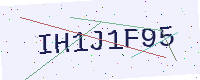
Text: IH1J1F95